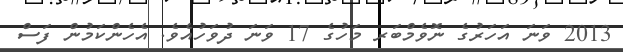
2013 ވަނަ އަހަރުގެ ނޮވެމްބަރ މަހުގެ 17 ވަނަ ދުވަހުއެވެ. އެހެންކަމުން ފަސް